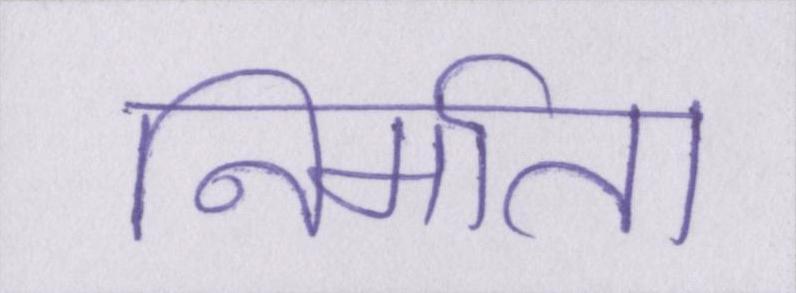
निर्माता